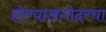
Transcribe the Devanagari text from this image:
होण्याअगोदरचा